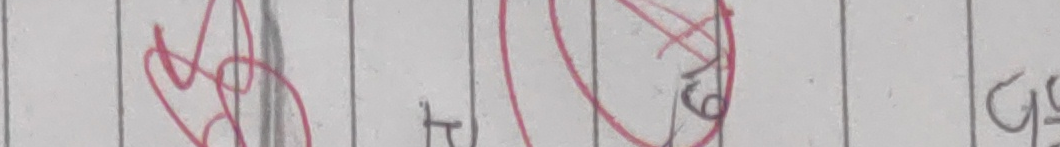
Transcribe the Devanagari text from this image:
९५